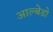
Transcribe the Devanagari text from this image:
आल्बेडो